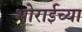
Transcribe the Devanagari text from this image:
भोराईच्या